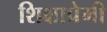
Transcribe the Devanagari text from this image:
शिक्षाप्रेमी